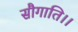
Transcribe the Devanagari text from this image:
सौगाति।।